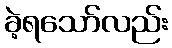
ခဲ့ရသော်လည်း